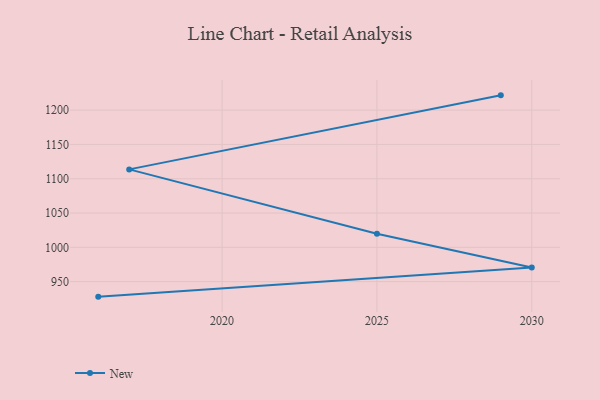
{"axis": {"x": "Year", "y": "Operating Costs (USD K)"}, "legend": ["New"], "data": [{"x": "2016", "y": 928.1, "type": "New"}, {"x": "2030", "y": 970.6, "type": "New"}, {"x": "2025", "y": 1019.7, "type": "New"}, {"x": "2017", "y": 1113.6, "type": "New"}, {"x": "2029", "y": 1221.5, "type": "New"}]}